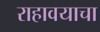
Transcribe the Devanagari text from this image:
राहावयाचा